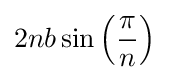
2nb\sin \left({\frac {\pi }{n}}\right)